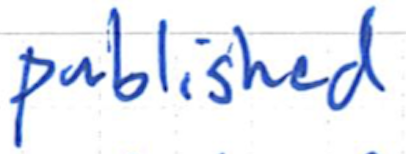
Text: published
Cross-out: clean
Writing tool: ballpoint